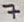
Text: 7